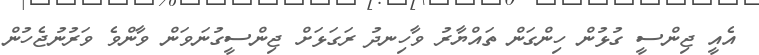
އެއީ ޖިންސީ ގުޅުން ހިންގަން ތައްޔާރު ވާހިނދު ރަގަޅަށް ޖިންސީގުނަވަން ވާންވެ ވަރުނުޖެހުން